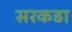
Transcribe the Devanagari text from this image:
सरकडा